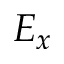
E _ { x }